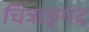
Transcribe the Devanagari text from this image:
चित्राङ्गद